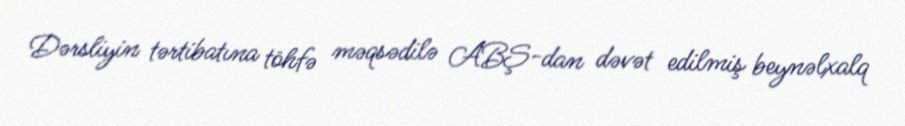
Dərsliyin tərtibatına töhfə məqsədilə ABŞ-dan dəvət edilmiş beynəlxalq